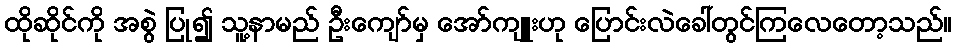
ထိုဆိုင်ကို အစွဲ ပြု၍ သူ့နာမည် ဦးကျော်မှ အော်ကျူးဟု ပြောင်းလဲခေါ်တွင်ကြလေတော့သည်။